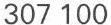
307 100